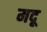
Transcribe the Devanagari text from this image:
मदू